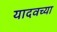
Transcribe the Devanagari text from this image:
यादवच्या